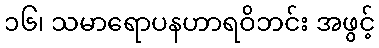
၁၆၊ သမာရောပနဟာရဝိဘင်း အဖွင့်